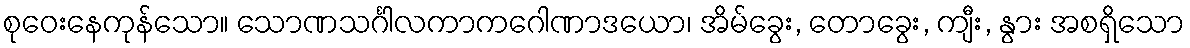
စုဝေးနေကုန်သော။ သောဏသင်္ဂါလကာကဂေါဏာဒယော၊ အိမ်ခွေး, တောခွေး, ကျီး, နွား အစရှိသော